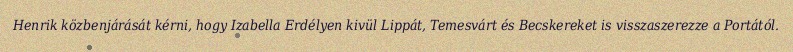
Henrik közbenjárását kérni, hogy Izabella Erdélyen kivül Lippát, Temesvárt és Becskereket is visszaszerezze a Portától.